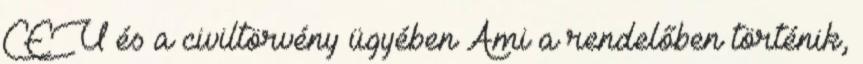
CEU és a civiltörvény ügyében Ami a rendelőben történik,